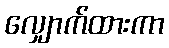
လျှောက်ထားကာ